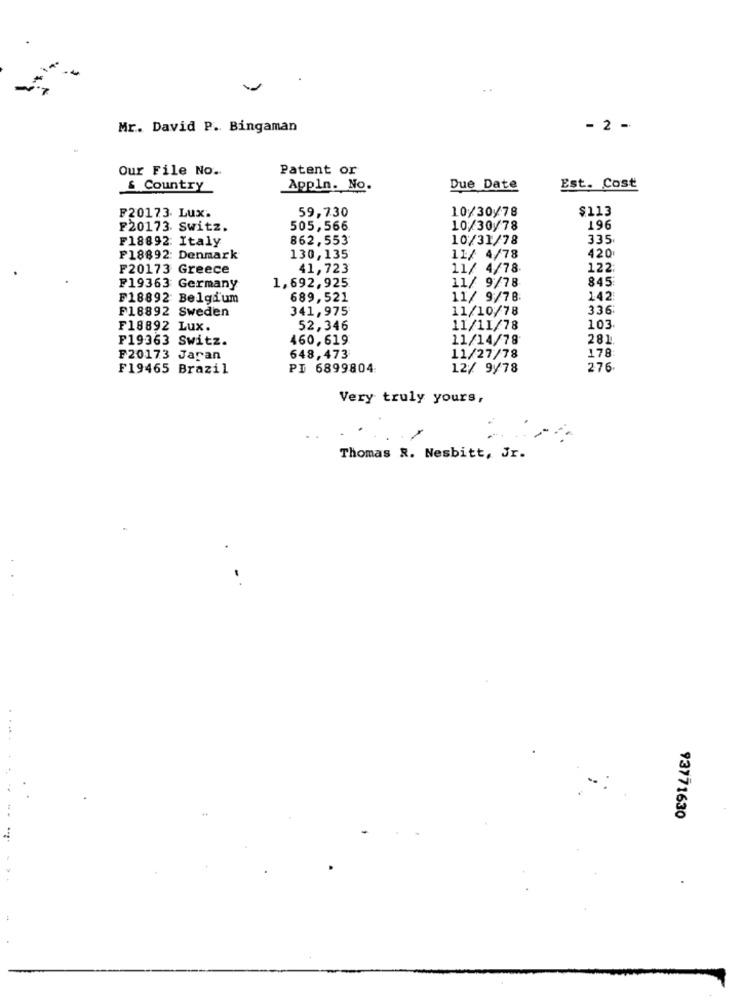
Mr. David P. Bingaman
- 2 -
Our File No.
Patent or
& Country
Appln. No.
Due Date
Est. Cost
59,730
$113
F20173. Lux.
10/30/78
F20173 Switz.
505,566
10/30/78
196
F18892: Italy
862,553
10/31/78
335
F18892: Denmark
130,135
11/ 4/78
420
F20173 Greece
41,723
11/ 4/78
122
11/ 9/78
845
F19363 Germany
1,692,925
F18892 Belgium
689,521
11/ 9/78
142
F18892 Sweden
341,975
11/10/78
336:
F18892 Lux.
52,346
11/11/78
103
F19363 Switz.
460,619
11/14/78
281
178
F20173 Jaran
648,473
11/27/78
F19465 Brazil
PI 6899804
12/ 9/78
276
Very truly yours,
Thomas R. Nesbitt, Jr.
93771630